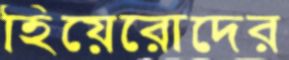
হিয়েরোদের